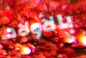
بالأولاد